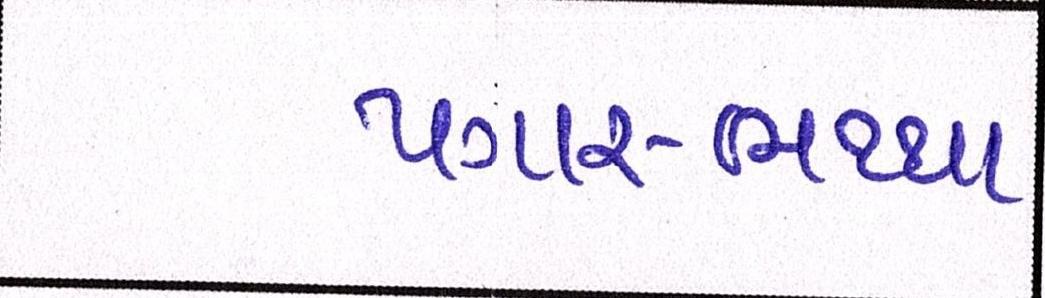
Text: પગાર-ભથ્થા